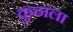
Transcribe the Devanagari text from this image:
कुठाला